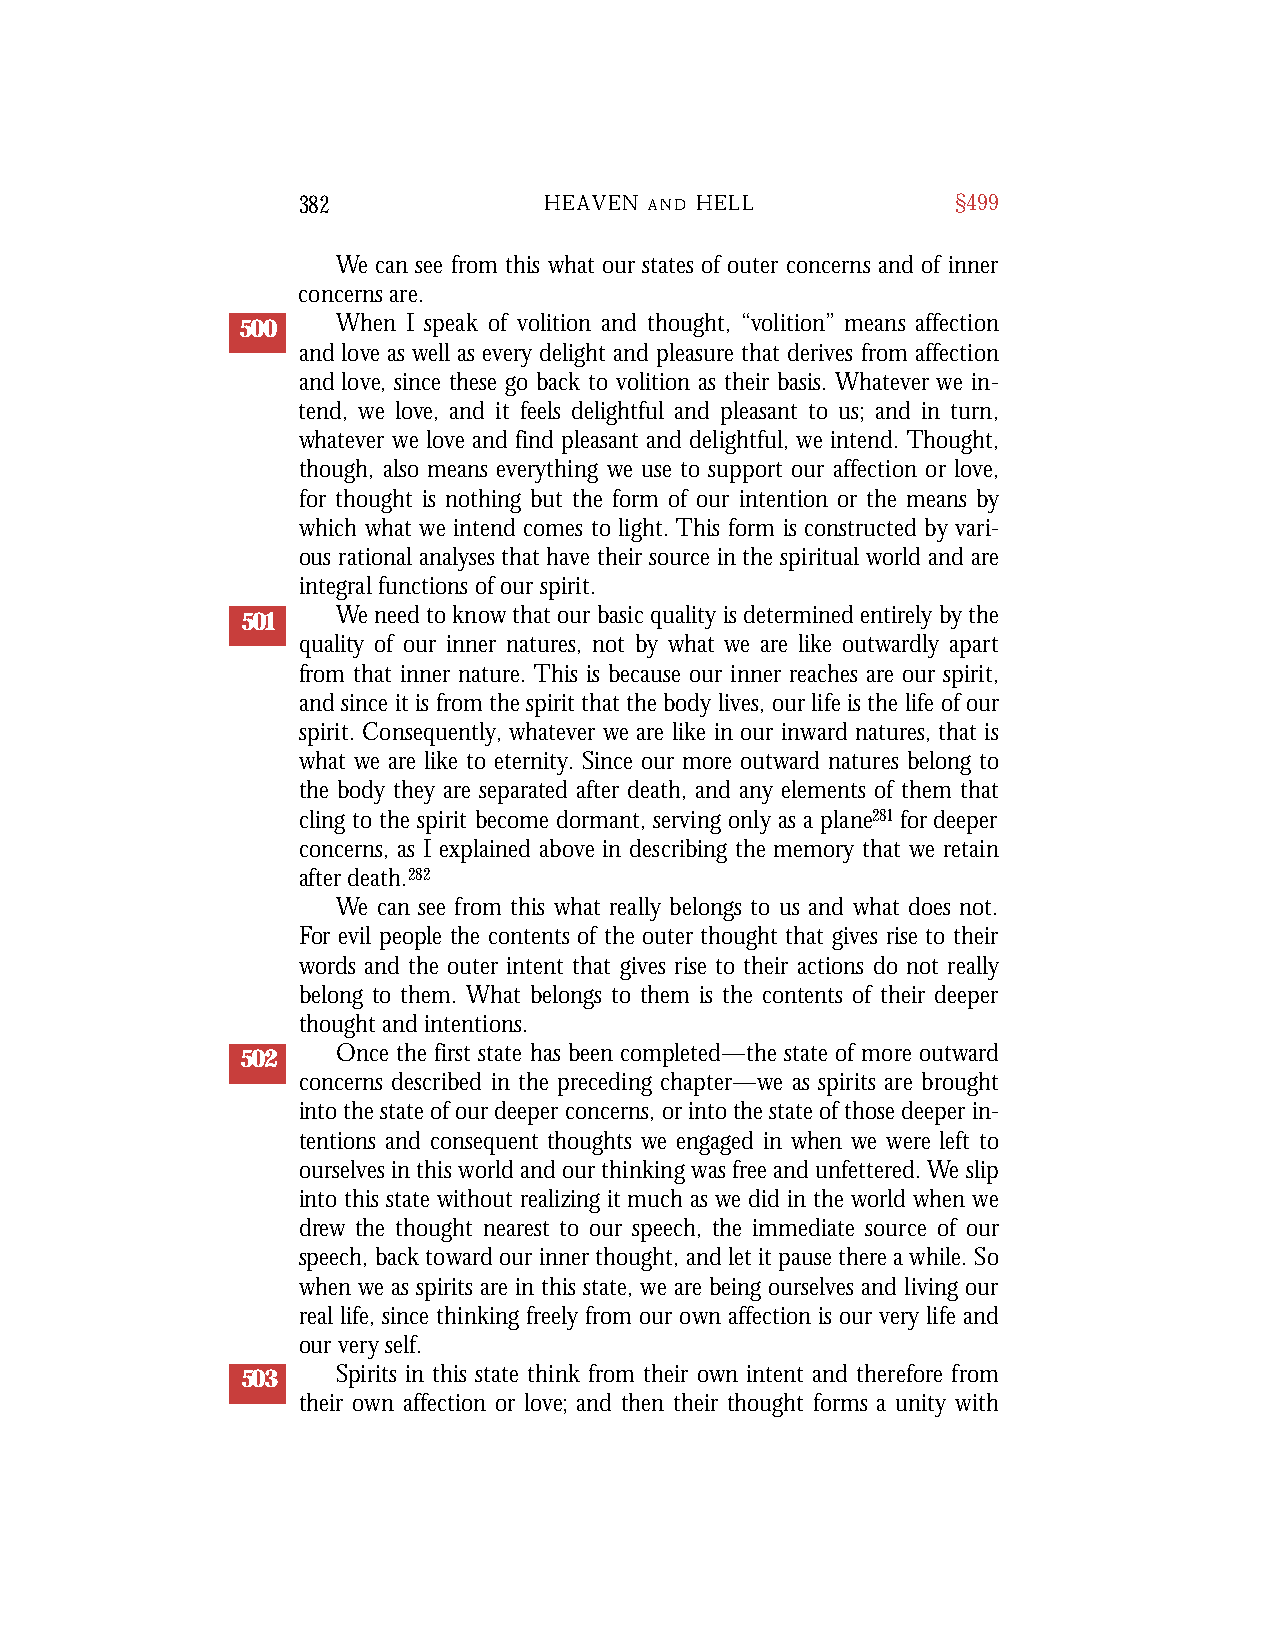
382             HEAVEN A N D H E L L       §499
 We can see from this what our states of outer concerns and of inner
 concerns are.
 500   When I speak of volition and thought, “volition” means affection
 and love as well as every delight and pleasure that derives from affection
 and love, since these go back to volition as their basis. Whatever we in-
 tend, we love, and it feels delightful and pleasant to us; and in turn,
 whatever we love and find pleasant and delightful, we intend. Thought,
 though, also means everything we use to support our affection or love,
 for thought is nothing but the form of our intention or the means by
 which what we intend comes to light. This form is constructed by vari-
 ous rational analyses that have their source in the spiritual world and are
 integral functions of our spirit.
 501   We need to know that our basic quality is determined entirely by the
 quality of our inner natures, not by what we are like outwardly apart
 from that inner nature. This is because our inner reaches are our spirit,
 and since it is from the spirit that the body lives, our life is the life of our
 spirit. Consequently, whatever we are like in our inward natures, that is
 what we are like to eternity. Since our more outward natures belong to
 the body they are separated after death, and any elements of them that
 cling to the spirit become dormant, serving only as a plane281 for deeper
 concerns, as I explained above in describing the memory that we retain
 after death.282
 We can see from this what really belongs to us and what does not.
 For evil people the contents of the outer thought that gives rise to their
 words and the outer intent that gives rise to their actions do not really
 belong to them. What belongs to them is the contents of their deeper
 thought and intentions.
 502   Once the first state has been completed—the state of more outward
 concerns described in the preceding chapter—we as spirits are brought
 into the state of our deeper concerns, or into the state of those deeper in-
 tentions and consequent thoughts we engaged in when we were left to
 ourselves in this world and our thinking was free and unfettered. We slip
 into this state without realizing it much as we did in the world when we
 drew the thought nearest to our speech, the immediate source of our
 speech, back toward our inner thought, and let it pause there a while. So
 when we as spirits are in this state, we are being ourselves and living our
 real life, since thinking freely from our own affection is our very life and
 our very self.
 503   Spirits in this state think from their own intent and therefore from
 their own affection or love; and then their thought forms a unity with